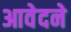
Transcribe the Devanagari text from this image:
आवेदने